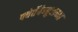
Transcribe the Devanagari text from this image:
फ्वेर्तेबेन्तुराच्या